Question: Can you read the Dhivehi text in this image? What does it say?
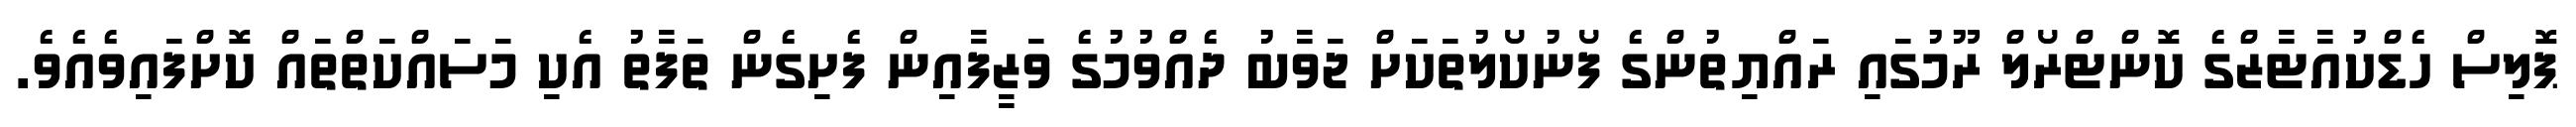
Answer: ޕޮލިސް ހެޑްކުއާޓާޒްގެ ކޮންޓްރޯލް ރޫމުގައި ރައްޔިތުންގެ ފޯނުކޯލުތަކަށް ޖަވާބު ދެއްވުމުގެ ވަޒީފާއިން ފެށިގެން ތަފާތު އެކި މަސައްކަތްތައް ކޮށްފައިވެއެވެ.